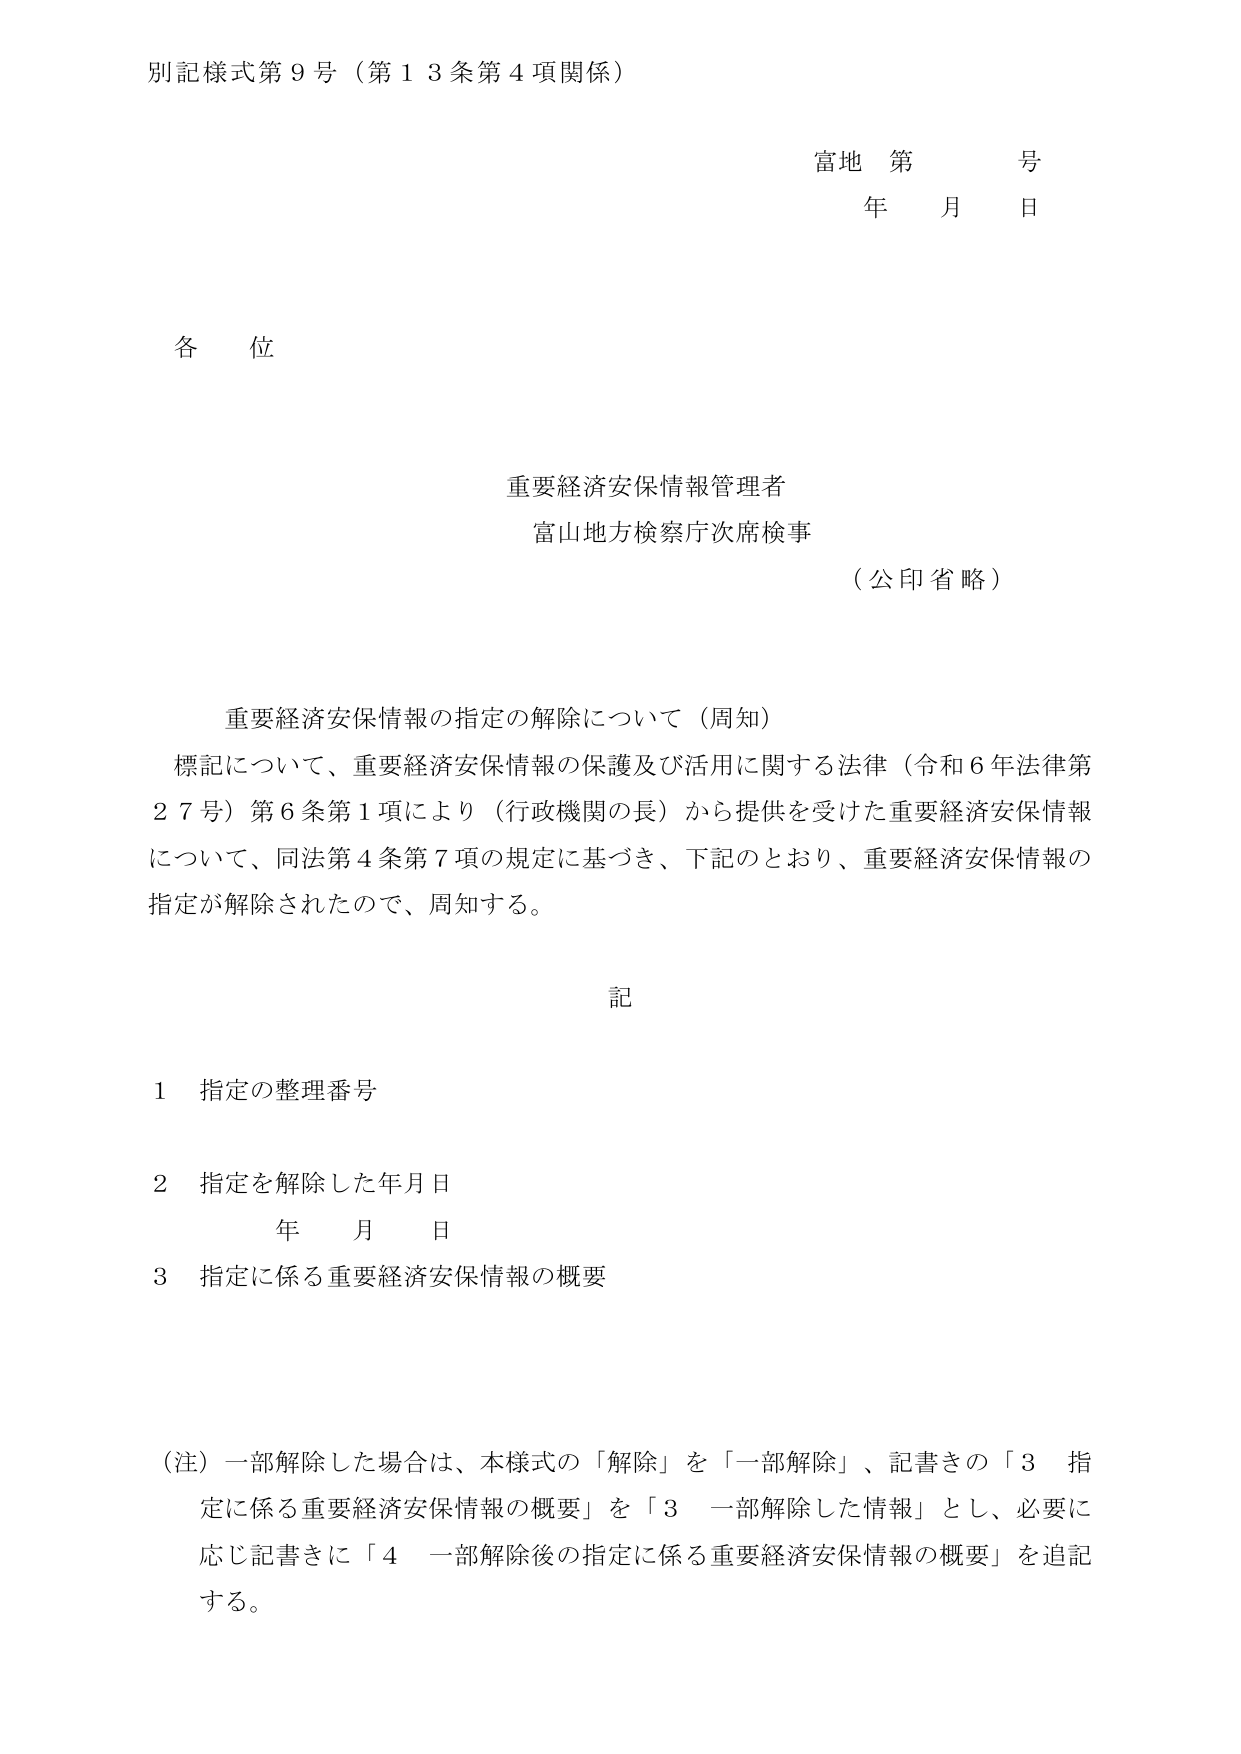
別記様式第９号（第１３条第４項関係）

富地 第 号
年 月 日

各位

重要経済安保情報管理者
富山地方検察庁次席検事
（公印省略）

重要経済安保情報の指定の解除について（周知）
標記について、重要経済安保情報の保護及び活用に関する法律（令和６年法律第２７号）第６条第１項により（行政機関の長）から提供を受けた重要経済安保情報について、同法第４条第７項の規定に基づき、下記のとおり、重要経済安保情報の指定が解除されたので、周知する。

記

１ 指定の整理番号
２ 指定を解除した年月日
　　年 月 日
３ 指定に係る重要経済安保情報の概要

（注）一部解除した場合は、本様式の「解除」を「一部解除」、記書きの「３ 指定に係る重要経済安保情報の概要」を「３ 一部解除した情報」とし、必要に応じ記書きに「４ 一部解除後の指定に係る重要経済安保情報の概要」を追記する。